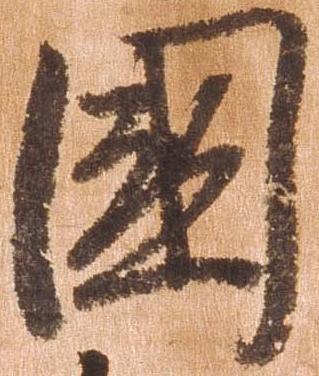
国